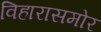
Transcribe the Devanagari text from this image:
विहारासमोर